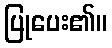
ပြုပေး၏။